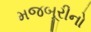
મજબૂરીનો